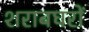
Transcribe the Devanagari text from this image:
शराबघरों